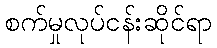
စက်မှုလုပ်ငန်းဆိုင်ရာ